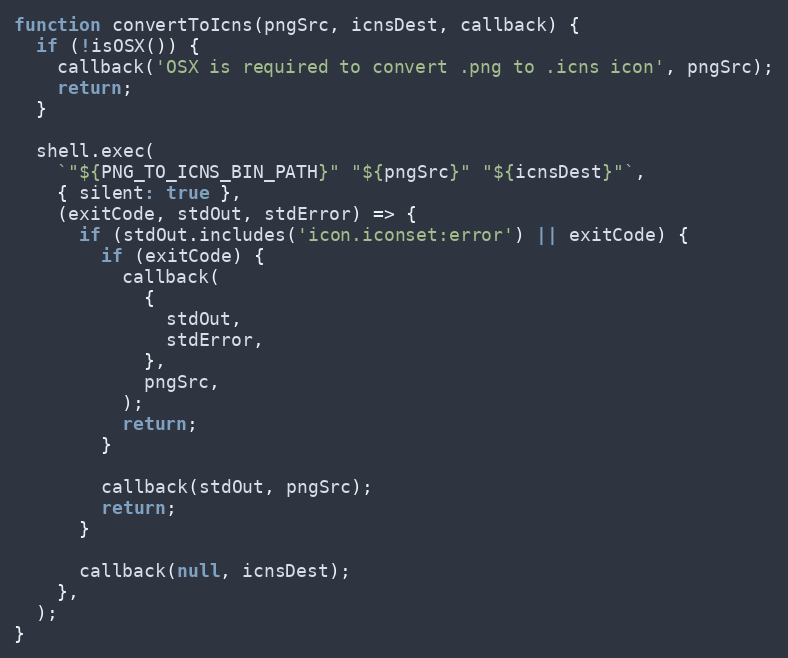
Language: JavaScript
function convertToIcns(pngSrc, icnsDest, callback) {
  if (!isOSX()) {
    callback('OSX is required to convert .png to .icns icon', pngSrc);
    return;
  }

  shell.exec(
    `"${PNG_TO_ICNS_BIN_PATH}" "${pngSrc}" "${icnsDest}"`,
    { silent: true },
    (exitCode, stdOut, stdError) => {
      if (stdOut.includes('icon.iconset:error') || exitCode) {
        if (exitCode) {
          callback(
            {
              stdOut,
              stdError,
            },
            pngSrc,
          );
          return;
        }

        callback(stdOut, pngSrc);
        return;
      }

      callback(null, icnsDest);
    },
  );
}